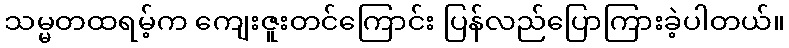
သမ္မတထရမ့်က ကျေးဇူးတင်ကြောင်း ပြန်လည်ပြောကြားခဲ့ပါတယ်။